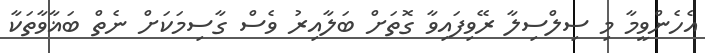
އެހެންވީމާ މި ސިލްސިލާ ރޭވިފައިވާ ގޮތަށް ބަލާއިރު ވެސް ގާސިމަކަށް ނެތް ބަޣާވާތަކާ